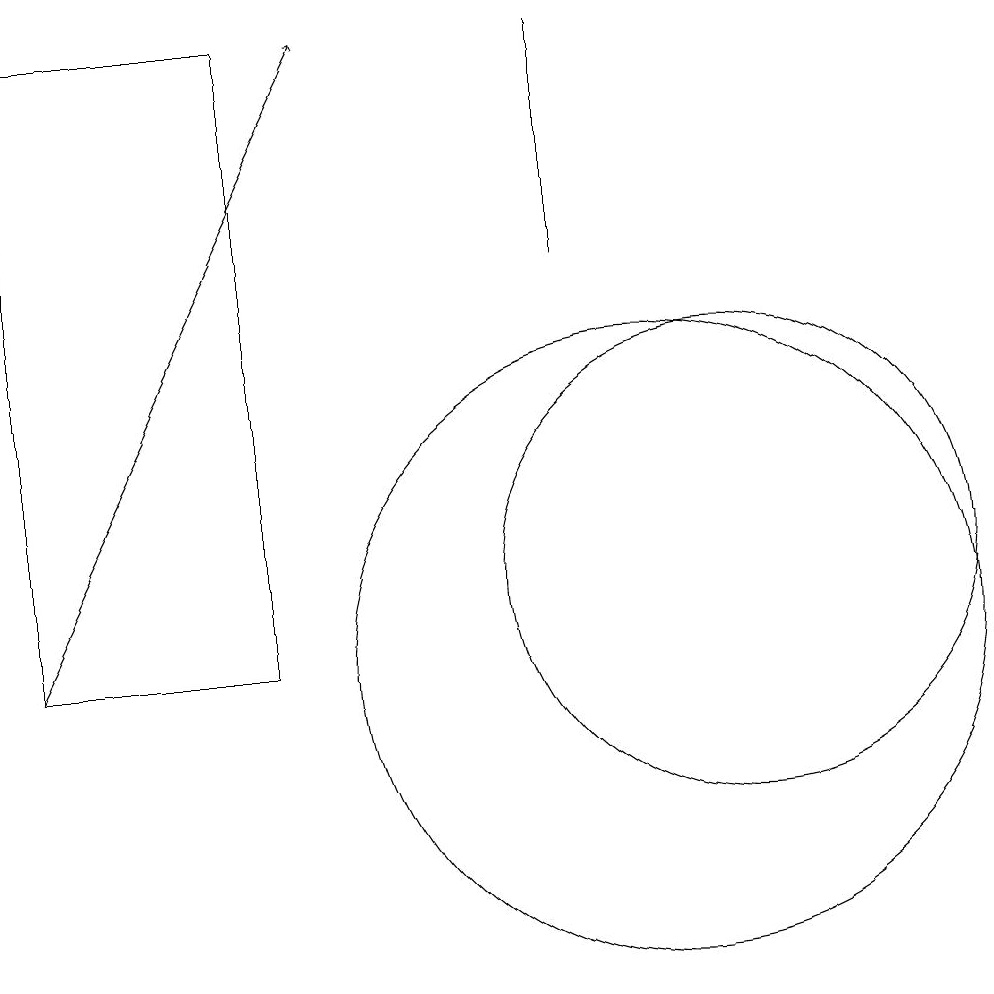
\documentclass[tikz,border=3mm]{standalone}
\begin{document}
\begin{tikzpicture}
\draw (9,15) rectangle (9,18);
\draw (11,11) circle (3);
\draw[->] (2,10) -- (6,18);
\draw (10,10) circle (4);
\draw (2,18) rectangle (5,10);
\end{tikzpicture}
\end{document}